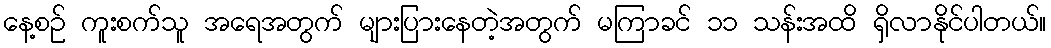
နေ့စဉ် ကူးစက်သူ အရေအတွက် များပြားနေတဲ့အတွက် မကြာခင် ၁၁ သန်းအထိ ရှိလာနိုင်ပါတယ်။